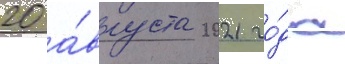
20 а́вгуста 2021 го́да